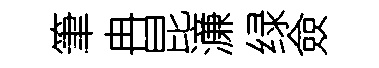
筆冉昆濓绿僉